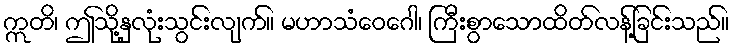
ဣတိ၊ ဤသို့နှလုံးသွင်းလျက်။ မဟာသံဝေဂေါ၊ ကြီးစွာသောထိတ်လန့်ခြင်းသည်။